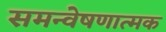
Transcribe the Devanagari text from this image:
समन्वेषणात्मक